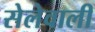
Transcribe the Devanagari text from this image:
सेलेवाली